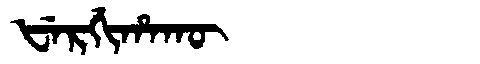
Manchu: ᡶᡝᡵᡤᡳᡥᠠᡴᡡ
Romanization: FERGIHAKŪ